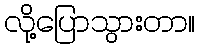
လို့ပြောသွားတာ။